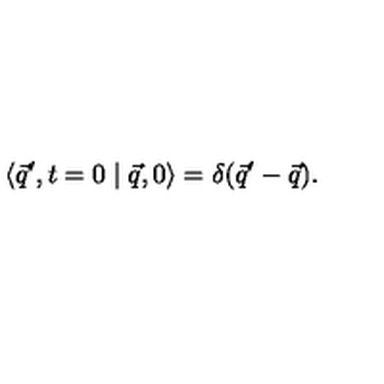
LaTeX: \langle \vec { q } ^ { \prime } , t = 0 \mid \vec { q } , 0 \rangle = \delta ( \vec { q } ^ { \prime } - \vec { q } ) .